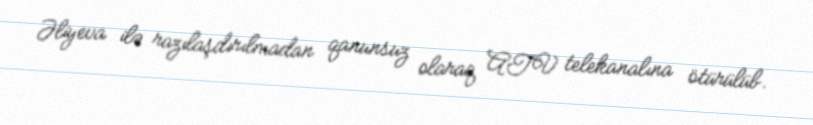
Əliyeva ilə razılaşdırılmadan qanunsuz olaraq ATV telekanalına ötürülüb.